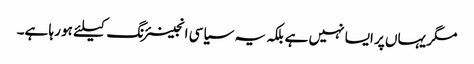
مگر یہاں پر ایسا نہیں ہے بلکہ یہ سیاسی انجینئرنگ کیلئے ہو رہا ہے۔